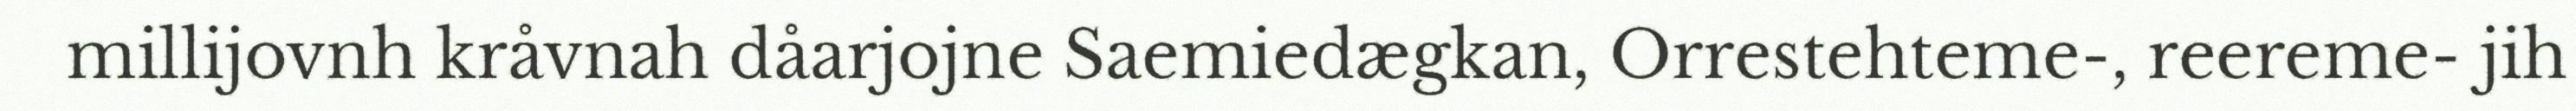
millijovnh kråvnah dåarjojne Saemiedægkan, Orrestehteme-, reereme- jih